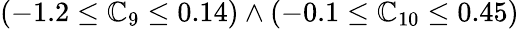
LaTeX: (-1.2\leq\mathbb{C}_{9}\leq0.14)\wedge(-0.1\leq\mathbb{C}_{10}\leq0.45)